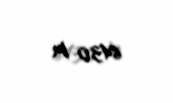
6430 m